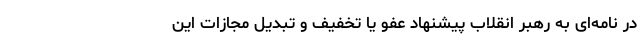
در نامه‌ای به رهبر انقلاب پیشنهاد عفو یا تخفیف و تبدیل مجازات این